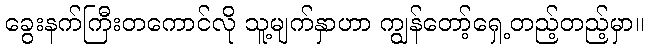
ခွေးနက်ကြီးတကောင်လို သူ့မျက်နှာဟာ ကျွန်တော့်ရှေ့တည့်တည့်မှာ။